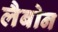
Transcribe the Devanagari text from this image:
लैबोन